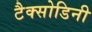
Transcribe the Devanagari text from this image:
टैक्सोडिनी